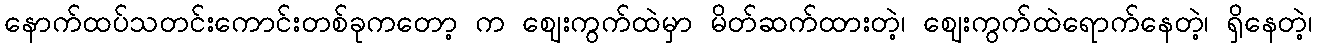
နောက်ထပ်သတင်းကောင်းတစ်ခုကတော့ က ဈေးကွက်ထဲမှာ မိတ်ဆက်ထားတဲ့၊ ဈေးကွက်ထဲရောက်နေတဲ့၊ ရှိနေတဲ့၊